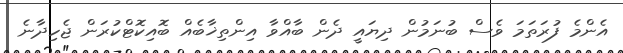
އެންމެ ފުރަތަމަ ވެސް ބުނަމުން ދިޔައީ ދެން ބާއްވާ އިންތިޚާބެއް ބޮއިކޮޓްކުރަން ޖެހިދާނެ